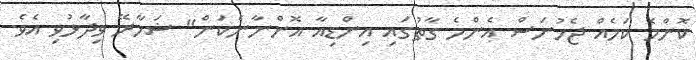
ކޮންމެ ކަމެއް ޖެހުނަސް އެންމެ ގާތުގައި އިންޑިއާ އޮންނާނެކަން" ޝަހާރޭ ވިދާޅުވި އެވެ.